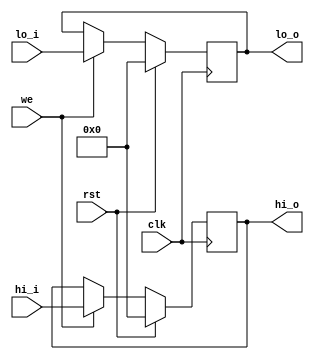
`timescale 1ns / 1ps
//////////////////////////////////////////////////////////////////////////////////
// Company: 
// Engineer: 
// 
// Design Name: 
// Module Name: hilo_reg
// Project Name: 
// Target Devices: 
// Tool Versions: 
// Description: 
// 
// Dependencies: 
// 
// Revision:
// Revision 0.01 - File Created
// Additional Comments:
// 
//////////////////////////////////////////////////////////////////////////////////


module hilo_reg(
	input  wire clk,rst,we,
	input  wire [31:0] hi_i,lo_i,
	output wire [31:0] hi_o,lo_o
    );
	
	reg [31:0] hi, lo;
	always @(posedge clk) begin
		if(rst) begin
			hi <= 0;
			lo <= 0;
		end else if (we) begin
			hi <= hi_i;
			lo <= lo_i;
		end
	end

	assign hi_o = hi;
	assign lo_o = lo;
endmodule